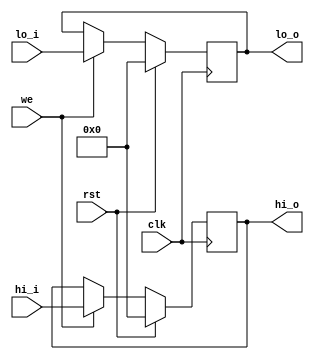
`timescale 1ns / 1ps
//////////////////////////////////////////////////////////////////////////////////
// Company: 
// Engineer: 
// 
// Design Name: 
// Module Name: hilo_reg
// Project Name: 
// Target Devices: 
// Tool Versions: 
// Description: 
// 
// Dependencies: 
// 
// Revision:
// Revision 0.01 - File Created
// Additional Comments:
// 
//////////////////////////////////////////////////////////////////////////////////


module hilo_reg(
	input  wire clk,rst,we,
	input  wire [31:0] hi_i,lo_i,
	output wire [31:0] hi_o,lo_o
    );
	
	reg [31:0] hi, lo;
	always @(posedge clk) begin
		if(rst) begin
			hi <= 0;
			lo <= 0;
		end else if (we) begin
			hi <= hi_i;
			lo <= lo_i;
		end
	end

	assign hi_o = hi;
	assign lo_o = lo;
endmodule